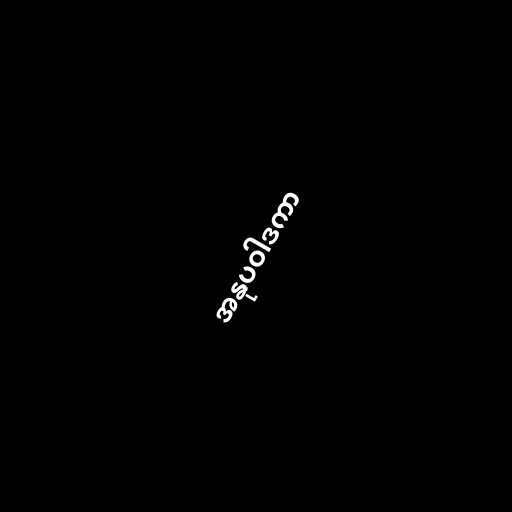
အနုပဝါဒကာ